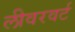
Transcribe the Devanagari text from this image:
लीवरवर्ट